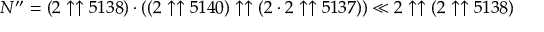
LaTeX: N ^ { \prime \prime } = ( 2 \uparrow \uparrow 5 1 3 8 ) \cdot ( ( 2 \uparrow \uparrow 5 1 4 0 ) \uparrow \uparrow ( 2 \cdot 2 \uparrow \uparrow 5 1 3 7 ) ) \ll 2 \uparrow \uparrow ( 2 \uparrow \uparrow 5 1 3 8 )